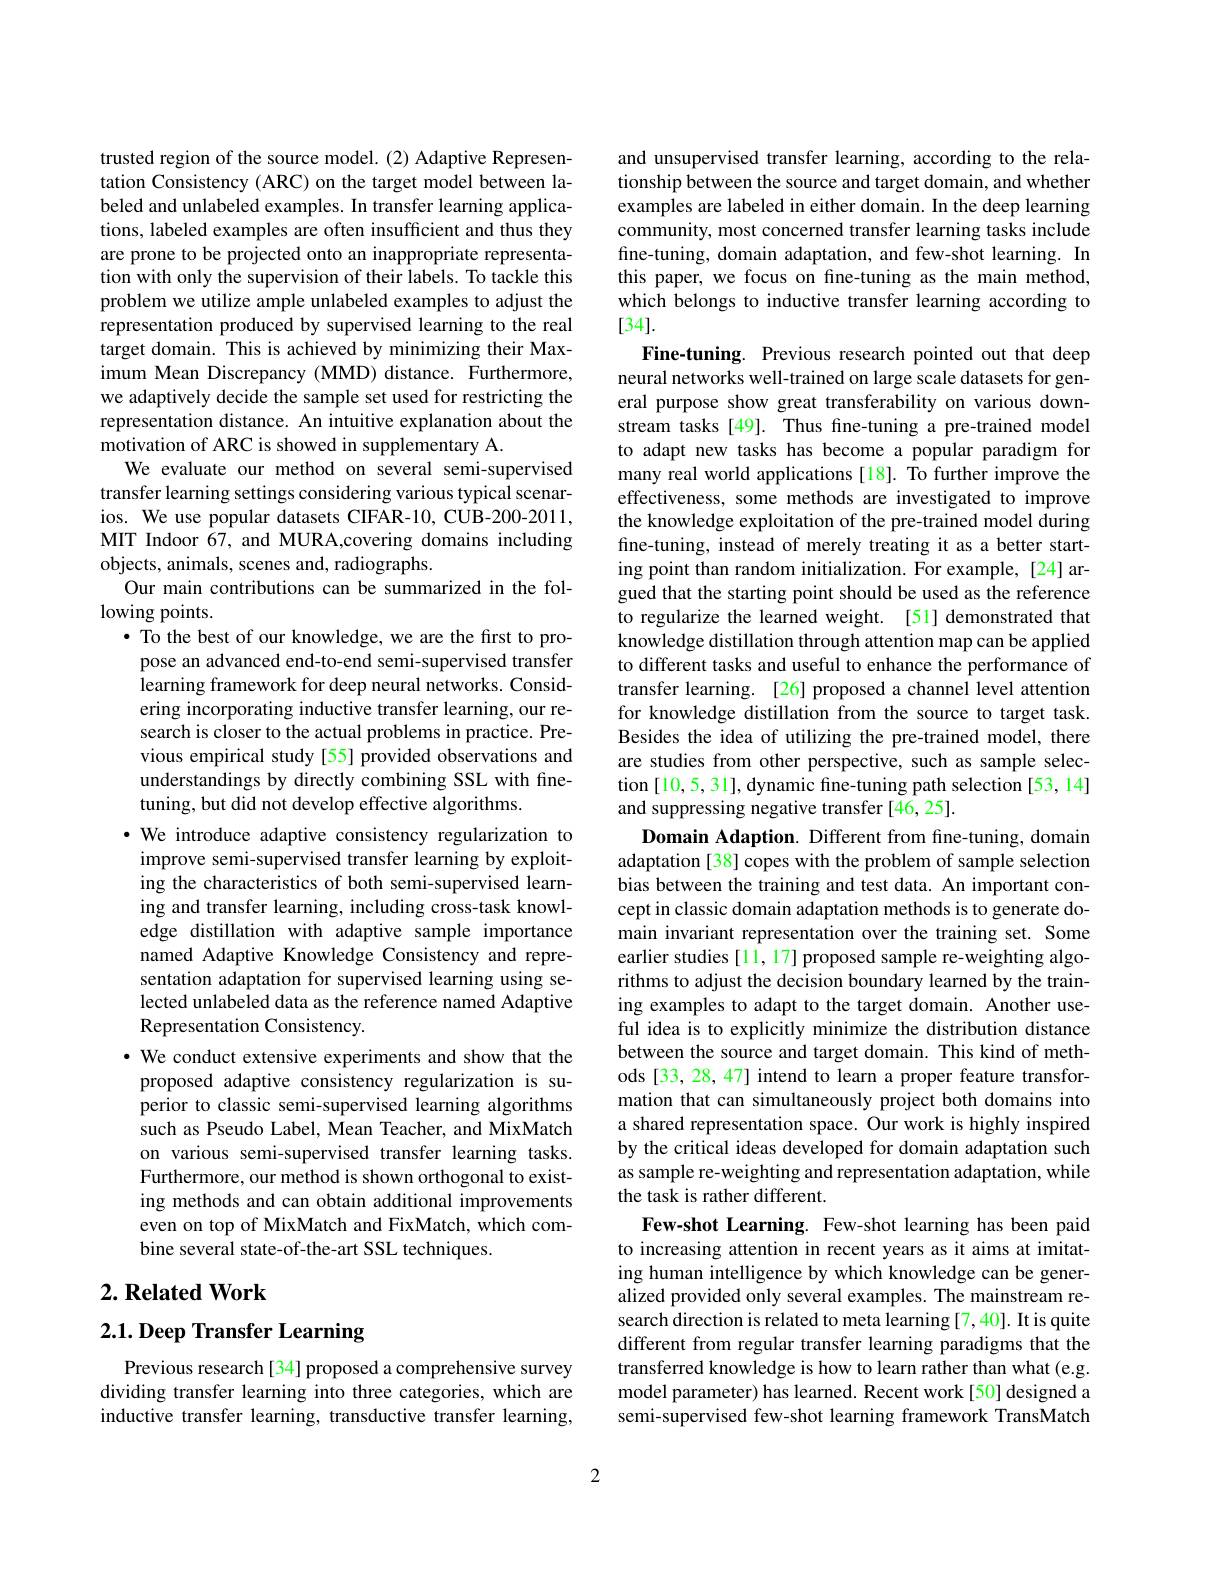
trusted region of the source model. (2) Adaptive Representation Consistency (ARC) on the target model between labeled and unlabeled examples. In transfer learning applications, labeled examples are often insufficient and thus they are prone to be projected onto an inappropriate representation with only the supervision of their labels. To tackle this problem we utilize ample unlabeled examples to adjust the representation produced by supervised learning to the real target domain. This is achieved by minimizing their Maximum Mean Discrepancy (MMD) distance. Furthermore, we adaptively decide the sample set used for restricting the representation distance. An intuitive explanation about the motivation of ARC is showed in supplementary A.
We evaluate our method on several semi-supervised transfer learning settings considering various typical scenarios. We use popular datasets CIFAR-10, CUB-200-2011, MIT Indoor 67, and MURA,covering domains including objects, animals, scenes and, radiographs.
Our main contributions can be summarized in the fol-
$\operatorname{lowing}$ points.
· To the best of our knowledge, we are the first to pro-
pose an advanced end-to-end semi-supervised transfer learning framework for deep neural networks. Considering incorporating inductive transfer learning, our research is closer to the actual problems in practice. Previous empirical study [55] provided observations and understandings by directly combining SSL with finetuning, but did not develop effective algorithms.
·We introduce adaptive consistency regularization to
improve semi-supervised transfer learning by exploiting the characteristics of both semi-supervised learning and transfer learning, including cross-task knowledge distillation with adaptive sample importance named Adaptive Knowledge Consistency and representation adaptation for supervised learning using selected unlabeled data as the reference named Adaptive Representation Consistency.
$\cdot$ We conduct extensive experiments and show that the proposed adaptive consistency regularization is superior to classic semi-supervised learning algorithms such as Pseudo Label, Mean Teacher, and MixMatch on various semi-supervised transfer learning tasks. Furthermore, our method is shown orthogonal to existing methods and can obtain additional improvements even on top of MixMatch and FixMatch, which combine several state-of-the-art SSL techniques.

## $2. \textbf{ Related Work}$

2.1. Deep Transfer Learning

Previous research[34] proposed a comprehensive survey dividing transfer learning into three categories, which are inductive transfer learning, transductive transfer learning,

and unsupervised transfer learning, according to the relationship between the source and target domain, and whether examples are labeled in either domain. In the deep learning community, most concerned transfer learning tasks include fine-tuning, domain adaptation, and few-shot learning. In this paper, we focus on fine-tuning as the main method, which belongs to inductive transfer learning according to [34].
Fine-tuning. Previous research pointed out that deep neural networks well-trained on large scale datasets for general purpose show great transferability on various downstream tasks [49]. Thus fne-tuning a pre-trained model to adapt new tasks has become a popular paradigm for many real world applications[18]. To further improve the effectiveness, some methods are investigated to improve the knowledge exploitation of the pre-trained model during fine-tuning, instead of merely treating it as a better starting point than random initialization. For example, [24] argued that the starting point should be used as the reference to regularize the learned weight. [51] demonstrated that knowledge distillation through attention map can be applied to different tasks and useful to enhance the performance of transfer learning. [26] proposed a channel level attention for knowledge distillation from the source to target task. Besides the idea of utilizing the pre-trained model, there are studies from other perspective, such as sample selection [10,5,31],dynamic fine-tuning path selection [53,14] and suppressing negative transfer [46,25].
Domain Adaption. Different from fine-tuning, domain adaptation [38] copes with the problem of sample selection bias between the training and test data. An important concept in classic domain adaptation methods is to generate domain invariant representation over the training set. Some earlier studies [11, 17] proposed sample re-weighting algorithms to adjust the decision boundary learned by the training examples to adapt to the target domain. Another useful idea is to explicitly minimize the distribution distance between the source and target domain. This kind of methods[33,28,47] intend to learn a proper feature transformation that can simultaneously project both domains into a shared representation space. Our work is highly inspired by the critical ideas developed for domain adaptation such as sample re-weighting and representation adaptation, while the task is rather different
Few-shot Learning. Few-shot learning has been paid to increasing attention in recent years as it aims at imitating human intelligence by which knowledge can be generalized provided only several examples. The mainstream research direction is related to meta learning [7,40]. It is quite different from regular transfer learning paradigms that the transferred knowledge is how to learn rather than what (e.g. model parameter) has learned. Recent work[50] designed a semi-supervised few-shot learning framework TransMatch

2